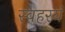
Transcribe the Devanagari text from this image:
स्वहरयं